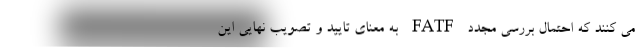
می کنند که احتمال بررسی مجدد FATF به معنای تایید و تصویب نهایی این